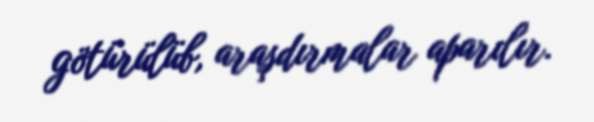
götürülüb, araşdırmalar aparılır.